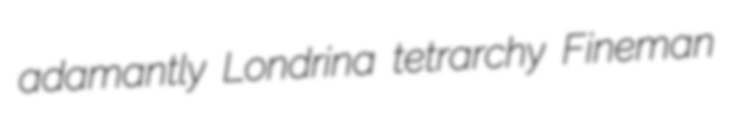
adamantly Londrina tetrarchy Fineman